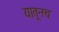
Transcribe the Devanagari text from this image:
यातूनच